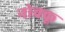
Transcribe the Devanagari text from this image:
नोक्कू